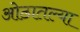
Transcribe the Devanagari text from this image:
ओठातल्या